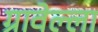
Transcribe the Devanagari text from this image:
ग्रावेल्ला